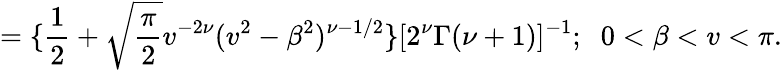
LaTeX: =\{ \frac{1}{2}+\sqrt{\frac{\pi}{2}}v^{-2\nu}(v^{2}-\beta^{2})^{\nu-1/2}\} [2^{\nu}\Gamma(\nu+1)]^{-1};\; \; 0<\beta<v<\pi.